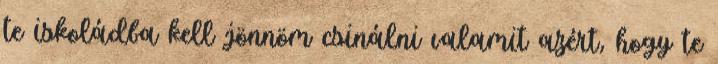
te iskoládba kell jönnöm csinálni valamit azért, hogy te